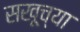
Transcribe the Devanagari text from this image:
सखूच्या